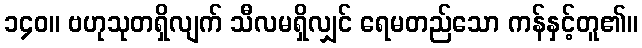
၁၄၀။ ဗဟုသုတရှိလျက် သီလမရှိလျှင် ရေမတည်သော ကန်နှင့်တူ၏။